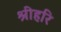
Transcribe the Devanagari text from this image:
श्रीहरि